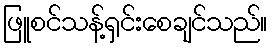
ဖြူစင်သန့်ရှင်းစေချင်သည်။